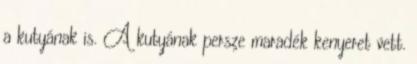
a kutyának is. A kutyának persze maradék kenyeret vett.